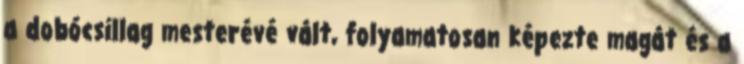
a dobócsillag mesterévé vált, folyamatosan képezte magát és a